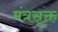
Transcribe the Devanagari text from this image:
मंत्रसूक्त